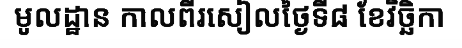
មូលដ្ឋាន កាលពីរសៀលថ្ងៃទី៨ ខែវិច្ឆិកា